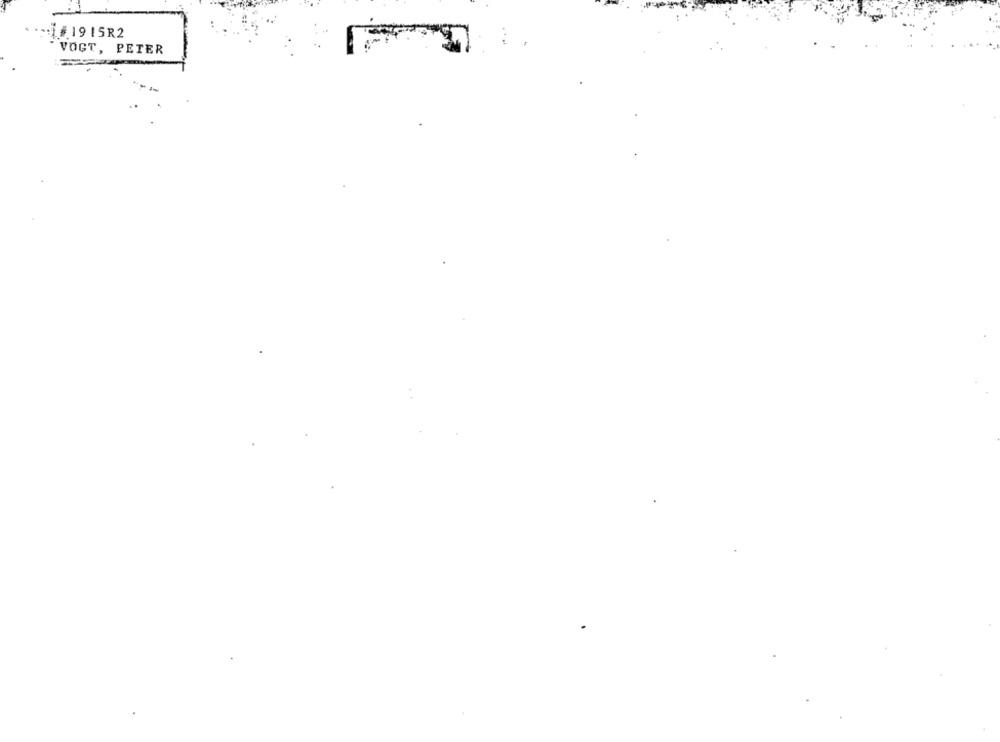
1915R2
VOGT, PETER